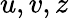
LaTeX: u,v,z